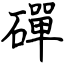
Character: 磾